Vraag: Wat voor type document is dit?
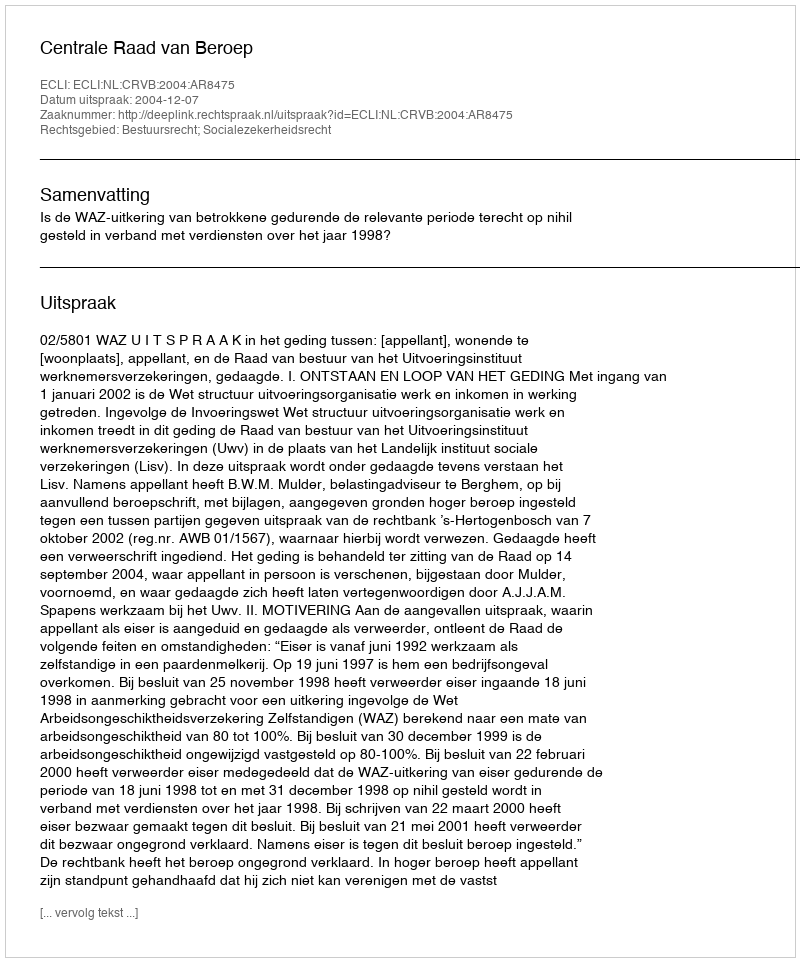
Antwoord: Uitspraak